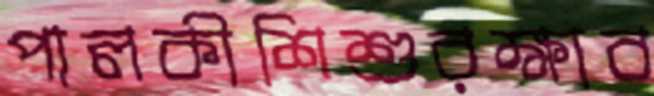
পালকীশিশুরক্ষাব